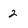
Character: 2